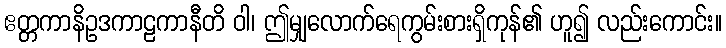
ဧတ္တကာနိဥဒကာဠကာနီတိ ဝါ၊ ဤမျှလောက်ရေကွမ်းစားရှိကုန်၏ ဟူ၍ လည်းကောင်း။